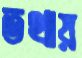
তথায়